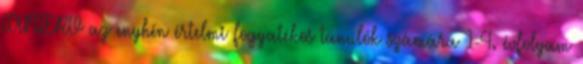
TANTERV az enyhén értelmi fogyatékos tanulók számára 1-4. évfolyam